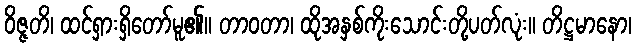
ဝိဇ္ဇတိ၊ ထင်ရှားရှိတော်မူ၏။ တာဝတာ၊ ထိုအနှစ်ကိုးသောင်းတို့ပတ်လုံး။ တိဋ္ဌမာနော၊